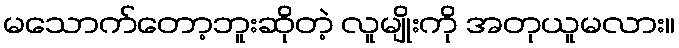
မသောက်တော့ဘူးဆိုတဲ့ လူမျိုးကို အတုယူမလား။